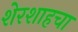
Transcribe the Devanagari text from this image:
शेरशाहचा